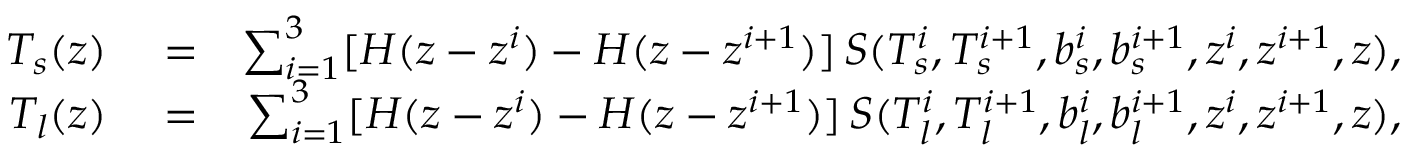
\begin{array} { r l r } { T _ { s } ( z ) } & { { } = } & { \sum _ { i = 1 } ^ { 3 } [ H ( z - z ^ { i } ) - H ( z - z ^ { i + 1 } ) ] \, S ( T _ { s } ^ { i } , T _ { s } ^ { i + 1 } , b _ { s } ^ { i } , b _ { s } ^ { i + 1 } , z ^ { i } , z ^ { i + 1 } , z ) , } \\ { T _ { l } ( z ) } & { { } = } & { \sum _ { i = 1 } ^ { 3 } [ H ( z - z ^ { i } ) - H ( z - z ^ { i + 1 } ) ] \, S ( T _ { l } ^ { i } , T _ { l } ^ { i + 1 } , b _ { l } ^ { i } , b _ { l } ^ { i + 1 } , z ^ { i } , z ^ { i + 1 } , z ) , } \end{array}